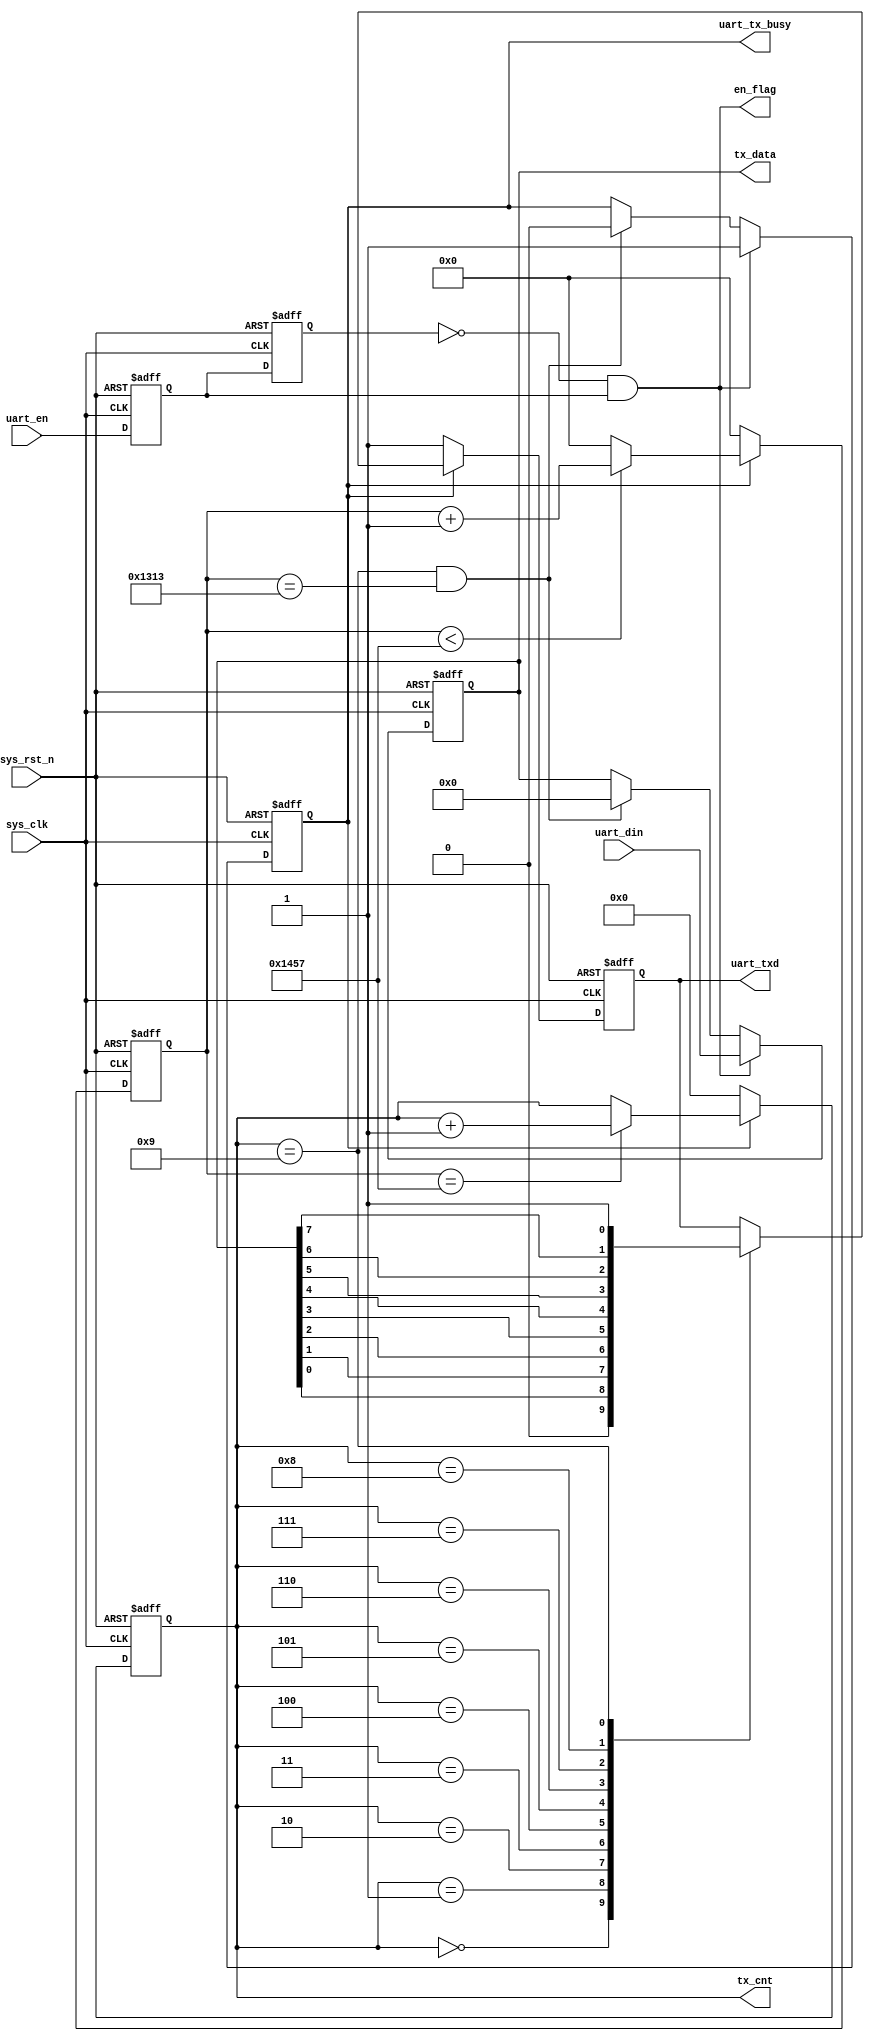
module uart_send(
    input	      sys_clk,                  //ϵͳʱ
    input         sys_rst_n,                //ϵͳλ͵ƽЧ
    
    input         uart_en,                  //ʹź
    input  [7:0]  uart_din,                 //
    output        uart_tx_busy,             //æ״̬־ 
    output        en_flag     ,
    output  reg [ 7:0] tx_data,             //Ĵ淢
    output  reg [ 3:0] tx_cnt,              //ݼ
    output  reg   uart_txd                  //UARTͶ˿
    );
    
//parameter define
parameter  CLK_FREQ = 50000000;            //ϵͳʱƵ
parameter  UART_BPS = 9600;                //ڲ
localparam  BPS_CNT  = CLK_FREQ/UART_BPS;   //ΪõָʣϵͳʱӼBPS_CNT

//reg define
reg        uart_en_d0; 
reg        uart_en_d1;  
reg [15:0] clk_cnt;                           //ϵͳʱӼ
reg        tx_flag;                  //͹̱־ź

//wire define
wire       en_flag;

//*****************************************************
//**                    main code
//*****************************************************
//ڴڷ͹иæ״̬־
assign uart_tx_busy = tx_flag; 

//uart_enأõһʱڵź
assign en_flag = (~uart_en_d1) & uart_en_d0;

//Էʹźuart_enӳʱ
always @(posedge sys_clk or negedge sys_rst_n) begin         
    if (!sys_rst_n) begin
        uart_en_d0 <= 1'b0;                                  
        uart_en_d1 <= 1'b0;
    end                                                      
    else begin                                               
        uart_en_d0 <= uart_en;                               
        uart_en_d1 <= uart_en_d0; 		  
    end
end

//źen_flagʱ,Ĵ͵ݣ뷢͹          
always @(posedge sys_clk or negedge sys_rst_n) begin         
    if (!sys_rst_n) begin                                  
        tx_flag <= 1'b0;
        tx_data <= 8'd0;
    end 
    else if (en_flag) begin                 //⵽ʹ                      
            tx_flag <= 1'b1;                //뷢͹̣־λtx_flag				
            tx_data <= uart_din;            //Ĵ͵
        end
                                            //ֹͣλʱֹͣ͹
        else if ((tx_cnt == 4'd9) && (clk_cnt == BPS_CNT - (BPS_CNT/16))) begin                                       
            tx_flag <= 1'b0;                //͹̽־λtx_flag				
            tx_data <= 8'd0;
        end
        else begin
            tx_flag <= tx_flag;
            tx_data <= tx_data;
        end 
end

//뷢͹̺ϵͳʱӼ
always @(posedge sys_clk or negedge sys_rst_n) begin         
    if (!sys_rst_n)                             
        clk_cnt <= 16'd0;                                  
    else if (tx_flag) begin                 //ڷ͹
        if (clk_cnt < BPS_CNT - 1)
            clk_cnt <= clk_cnt + 1'b1;
        else
            clk_cnt <= 16'd0;               //ϵͳʱӼһں
    end
    else                             
        clk_cnt <= 16'd0; 				    //͹̽
end

//뷢͹̺ݼ
always @(posedge sys_clk or negedge sys_rst_n) begin         
    if (!sys_rst_n)                             
        tx_cnt <= 4'd0;
    else if (tx_flag) begin                 //ڷ͹
        if (clk_cnt == BPS_CNT - 1)			//ϵͳʱӼһ
            tx_cnt <= tx_cnt + 1'b1;		//ʱݼ1
        else
            tx_cnt <= tx_cnt;       
    end
    else                              
        tx_cnt  <= 4'd0;				    //͹̽
end

//ݷݼuartͶ˿ڸֵ
always @(posedge sys_clk or negedge sys_rst_n) begin        
    if (!sys_rst_n)  
        uart_txd <= 1'b1;        
    else if (tx_flag)
        case(tx_cnt)
            4'd0: uart_txd <= 1'b0;         //ʼλ 
            4'd1: uart_txd <= tx_data[0];   //λλ
            4'd2: uart_txd <= tx_data[1];
            4'd3: uart_txd <= tx_data[2];
            4'd4: uart_txd <= tx_data[3];
            4'd5: uart_txd <= tx_data[4];
            4'd6: uart_txd <= tx_data[5];
            4'd7: uart_txd <= tx_data[6];
            4'd8: uart_txd <= tx_data[7];   //λλ
            4'd9: uart_txd <= 1'b1;         //ֹͣλ
            default: ;
        endcase
    else 
        uart_txd <= 1'b1;                   //ʱͶ˿Ϊߵƽ
end

endmodule